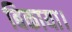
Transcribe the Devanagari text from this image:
बिकाया।